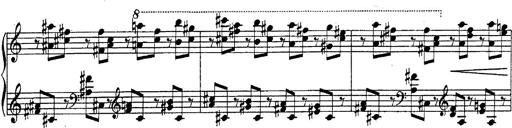
Title: Fantasie Ã¼ber Themen aus Mozarts Figaro und Don Giovanni
Composer: Franz Liszt